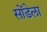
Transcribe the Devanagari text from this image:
सोंडेला